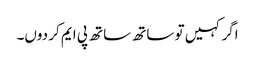
اگر کہیں تو ساتھ ساتھ پی ایم کر دوں۔